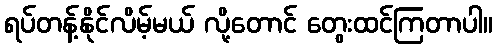
ရပ်တန့်နိုင်လိမ့်မယ် လို့တောင် တွေးထင်ကြတာပါ။